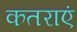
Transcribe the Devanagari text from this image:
कतराएं